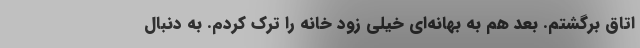
اتاق برگشتم. بعد هم به بهانه‌ای خیلی زود خانه را ترک کردم. به‌ دنبال